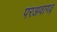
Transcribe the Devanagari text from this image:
परअवागढ़